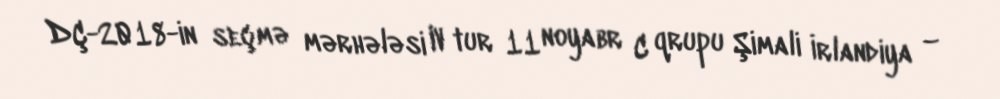
DÇ-2018-in seçmə mərhələsi IV tur 11 noyabr C qrupu Şimali İrlandiya –